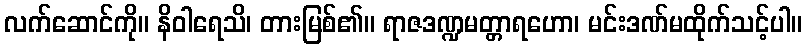
လက်ဆောင်ကို။ နိဝါရေသိ၊ တားမြစ်၏။ ရာဇဒဏ္ဍမတ္တာရဟော၊ မင်းဒဏ်မထိုက်သင့်ပါ။